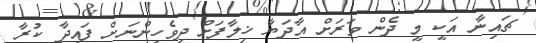
ޗައިނާ އަކީ މީ ދެން ވަރަށް އާދަޔާ ޚިލާފަށް ދިވެހިންނަށް ފައިދާ ކުރާ